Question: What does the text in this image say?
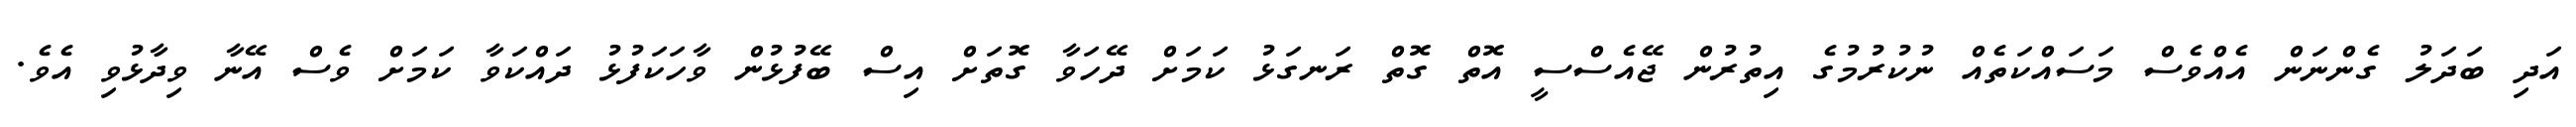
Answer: އަދި ބަދަލު ގެންނަން އެއްވެސް މަސައްކަތެއް ނުކުރުމުގެ އިތުރުން ޖޭއެސްސީ އޮތް ގޮތް ރަނގަޅު ކަމަށް ދޭހަވާ ގޮތަށް އިސް ބޭފުޅުން ވާހަކަފުޅު ދައްކަވާ ކަމަށް ވެސް އޭނާ ވިދާޅުވި އެވެ.